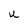
Character: U